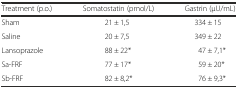
<table><thead><tr><td><b>Treatment (p.o.)</b></td><td><b>Somatostatin (pmol/L)</b></td><td><b>Gastrin (μU/mL)</b></td></tr></thead><tbody><tr><td>Sham</td><td>21 ± 1,5</td><td>334 ± 15</td></tr><tr><td>Saline</td><td>20 ± 7,5</td><td>349 ± 22</td></tr><tr><td>Lansoprazole</td><td>88 ± 22*</td><td>47 ± 7,1*</td></tr><tr><td>Sa-FRF</td><td>77 ± 17*</td><td>59 ± 20*</td></tr><tr><td>Sb-FRF</td><td>82 ± 8,2*</td><td>76 ± 9,3*</td></tr></tbody></table>